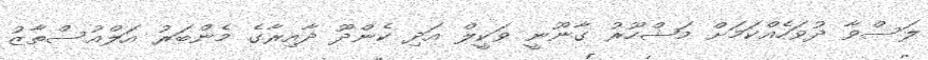
ލަސްވާ ދުވަހެއްކަމަށް މަޝްހޫރު ގާނޫނީ ވަކީލް އަދި ކެންދޫ ދާއިރާގެ މެންބަރު އަލްއުސްތާޒު